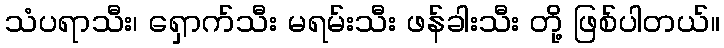
သံပရာသီး၊ ရှောက်သီး မရမ်းသီး ဖန်ခါးသီး တို့ ဖြစ်ပါတယ်။